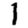
Digit: 1